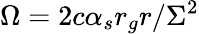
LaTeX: \Omega=2c\alpha_{s}r_{g}r/\Sigma^{2}